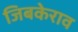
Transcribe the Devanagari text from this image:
जिबकेराव